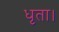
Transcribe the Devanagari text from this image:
धृता।